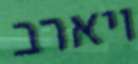
ויארב